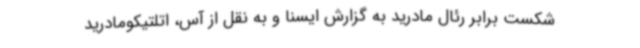
شکست برابر رئال مادرید به گزارش ایسنا و به نقل از آس، اتلتیکومادرید